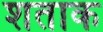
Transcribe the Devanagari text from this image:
शताक